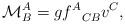
LaTeX: \begin{align*}\mathcal{M}^A_B=g {f^A}_{CB}v^C,\end{align*}